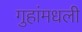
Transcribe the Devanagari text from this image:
गुहांमधली